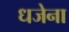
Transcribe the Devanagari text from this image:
धजेना